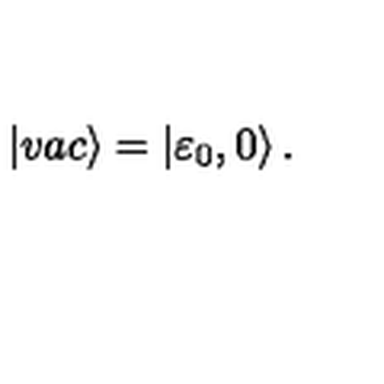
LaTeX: | v a c \rangle = \left| { \varepsilon } _ { 0 } , 0 \right\rangle .